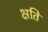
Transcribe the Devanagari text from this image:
क्षति